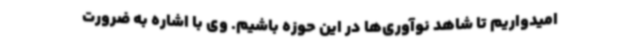
امیدواریم تا شاهد نوآوری‌ها در این حوزه باشیم. وی با اشاره به ضرورت